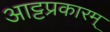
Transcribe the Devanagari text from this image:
आट्टप्रकारम्